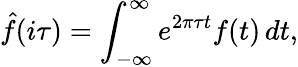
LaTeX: {\hat{f}}(i\tau)=\int_{-\infty}^{\infty}e^{2\pi\tau t}f(t)\, dt,